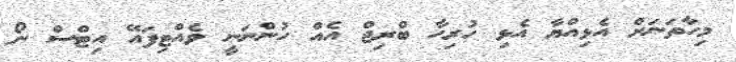
މިހާތަނަށް އެޅިއްޔާ އެޅި ހުރިހާ ބްރިޖް އެއް ހުންނަނީ ވެއްޓިފައޭ އިޓްސް ނޯ